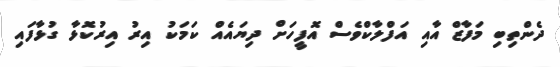
ދެންތިބި މަފާޒް އާއި އަފްލާކްވެސް އޮފީހަށް ދިޔައެއް ކަމަކު އިރު އިރުކޮޅާ ގުޅާފައި